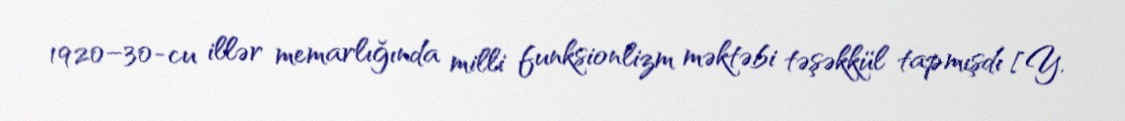
1920–30-cu illər memarlığında milli funksionlizm məktəbi təşəkkül tapmışdı [Y.